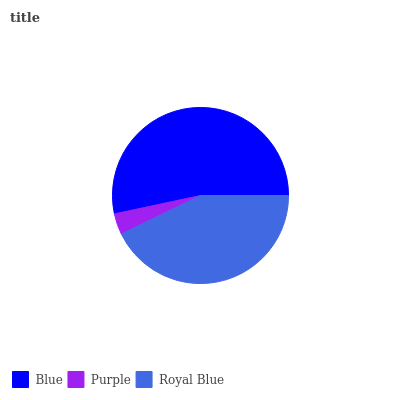
| Blue | Purple | Royal Blue |
 | --- | --- | --- |
 | 53.3% | 3.87% | 42.8% |